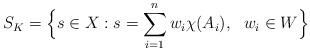
LaTeX: \begin{align*}S_K= \Big\{ s \in X : s= \sum_{i=1}^{n}w_{i}\chi(A_{i}),\ \ w_{i}\in W \Big\}\end{align*}